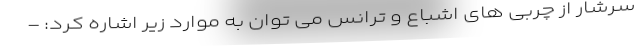
سرشار از چربی های اشباع و ترانس می توان به موارد زیر اشاره کرد: -